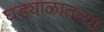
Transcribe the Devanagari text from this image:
घड्याळातल्या